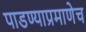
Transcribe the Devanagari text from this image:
पाडण्याप्रमाणेच